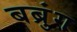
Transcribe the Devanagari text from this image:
बब्रुंग